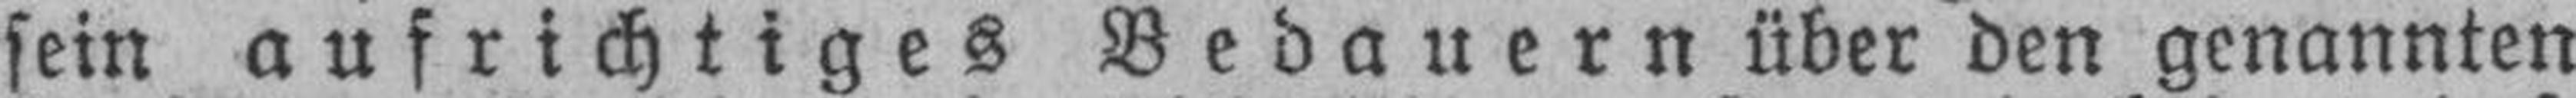
sein aufrichtiges Bedauern über den genannten